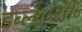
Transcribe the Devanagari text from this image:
डब्ल्यू॰सी॰